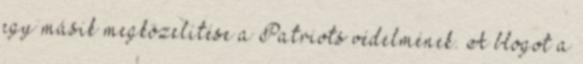
egy másik megközelítése a Patriots védelmének. A blogot a